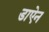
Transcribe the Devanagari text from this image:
डाऐन